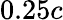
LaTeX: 0.25c